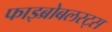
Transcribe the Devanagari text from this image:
फाइब्रोबलस्ट्स